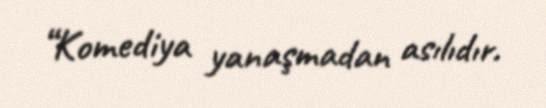
“Komediya yanaşmadan asılıdır.